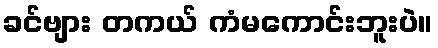
ခင်ဗျား တကယ် ကံမကောင်းဘူးပဲ။